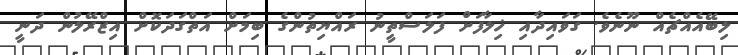
ލިބޭއެއްޗެއް ނޫނެވެ. ގަވައިދާއި ޚިލާފަށް ފަލަސްތީނު ރައްޔިތުންގެ ބިމަށް އަތްގަދަކޮށް އިޒްރޭލުން ދަނީ